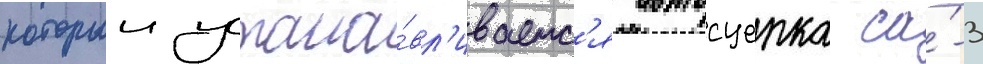
которыи устана́вл'иваетс'я автосцепка са́-3